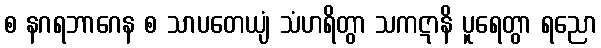
စ နဂရဘာဂေန စ သာပတေယျံ သံဟရိတွာ သကဋာနိ ပူရေတွာ ရညော